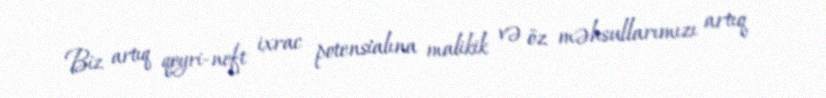
Biz artıq qeyri-neft ixrac potensialına malikik və öz məhsullarımızı artıq